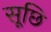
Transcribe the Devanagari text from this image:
सूछि